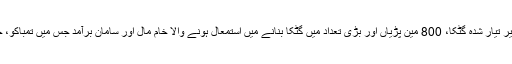
جائے وقوعہ سے 4000 چار ہزار تیار شدہ گٹکا، 06 ٹب غیر تیار شدہ گٹکا، 800 مین پڑیاں اور بڑی تعداد میں گٹکا بنانے میں استمعال ہونے والا خام مال اور سامان برآمد جس میں تمباکو، چھالیہ، چونا، کتھا، کیمیکل،ٰ تین ڈرم اور دیگر اشیاءشامل ہیں۔